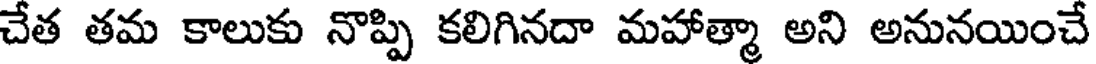
చేత తమ కాలుకు నొప్పి కలిగినదా మహాత్మా అని అనునయించే